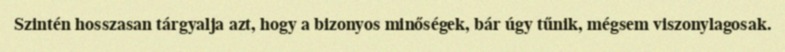
Szintén hosszasan tárgyalja azt, hogy a bizonyos minőségek, bár úgy tűnik, mégsem viszonylagosak.